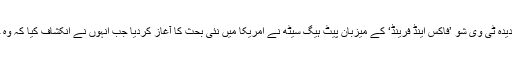
امریکی صدر ڈونلڈ ٹرمپ کے پسندیدہ ٹی وی شو ’فاکس اینڈ فرینڈ‘ کے میزبان پیٹ ہیگ سیٹھ نے امریکا میں نئی بحث کا آغاز کردیا جب انہوں نے انکشاف کیا کہ وہ جراثیم کے وجود سے انکاری ہیں۔